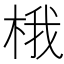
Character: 𪲘